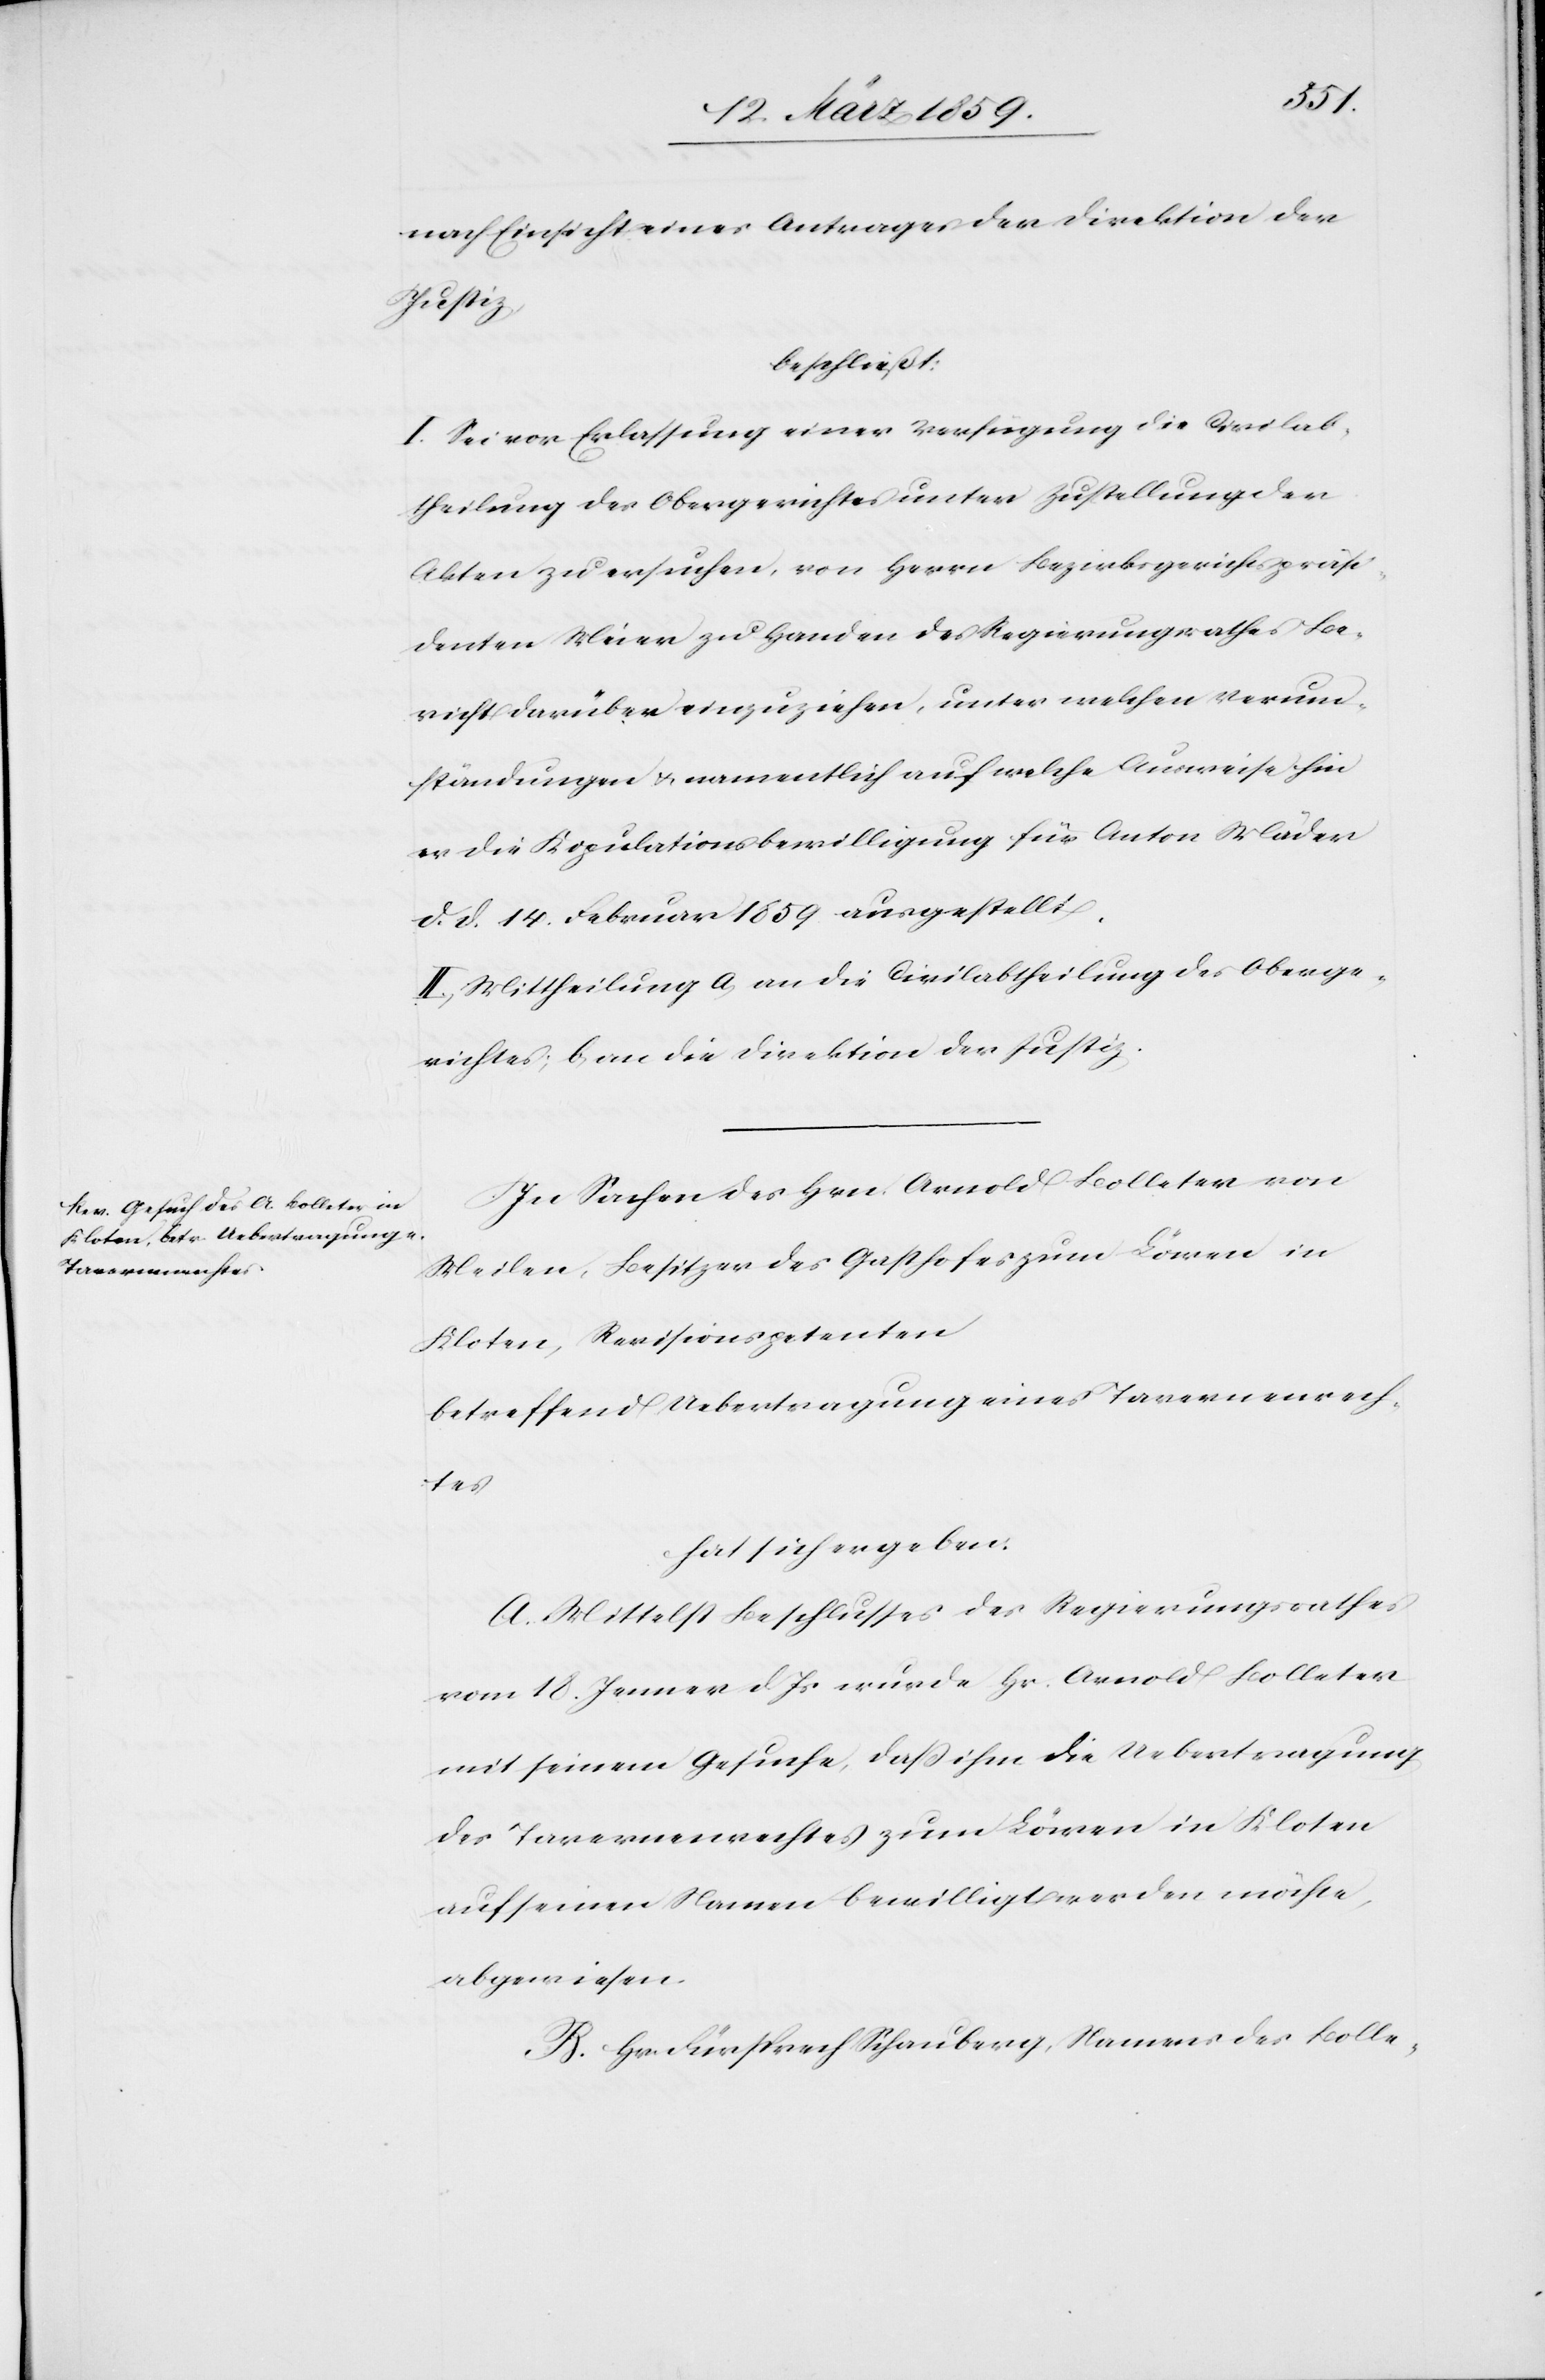
nach Einsicht eines Antrages der Direktion der
Justiz,
beschließt:
I. Sei vor Erlassung einer Verfügung die Civilab¬
theilung des Obergerichtes unter Zustellung der
Akten zu ersuchen, von Herrn Bezirksgerichtspräsi¬
denten Meier zu Handen des Regierungsrathes Be¬
richt darüber einzuziehen, unter welchen Verum¬
ständungen & namentlich auf welche Ausweise hin
er die Kopulationsbewilligung für Anton Mäder
d. d. 14. Februar 1859 ausgestellt.
II. Mittheilung a, an die Civilabtheilung des Oberge¬
richtes; b, an die Direktion der Justiz.
In Sachen des Hrn. Arnold Bolleter von
Meilen, Besitzer des Gasthofes zum Löwen in
Kloten, Revisionspetenten
betreffend Uebertragung eines Tavernenrech¬
tes
hat sich ergeben:
A. Mittelst Beschlusses des Regierungsrathes
vom 18. Jenner d. Js wurde Hr. Arnold Bolleter
mit seinem Gesuche, daß ihm die Uebertragung
des Tavernenrechtes zum Löwen in Kloten
auf seinen Namen bewilligt werden möchte,
abgewiesen.
B. Hr. Fürsprech Schauberg, Namens des Bolle-